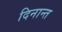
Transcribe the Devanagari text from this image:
दिनान्त